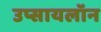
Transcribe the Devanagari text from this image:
उप्सायलॉन